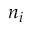
n _ { i }